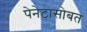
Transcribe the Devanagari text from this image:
पेनेटासोबत